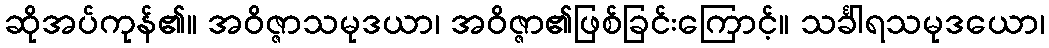
ဆိုအပ်ကုန်၏။ အဝိဇ္ဇာသမုဒယာ၊ အဝိဇ္ဇာ၏ဖြစ်ခြင်းကြောင့်။ သင်္ခါရသမုဒယော၊